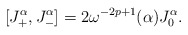
\begin{align*}[J_+^\alpha , J_-^\alpha] = 2\omega^{-2p+1}(\alpha)J_0^\alpha. \end{align*}